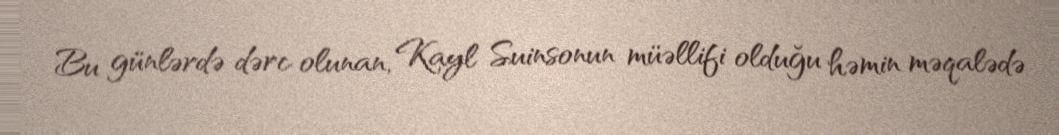
Bu günlərdə dərc olunan, Kayl Suinsonun müəllifi olduğu həmin məqalədə